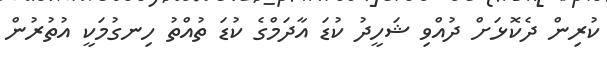
ކުރިން ދެކޮޅަށް ދުއްވި ޝަހީދު ކުޑަ އާދަމްގެ ކުޑަ ތުއްތު ހިނގުމަކީ އުތުރުން